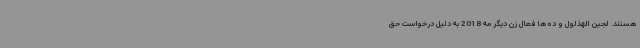
هستند. لجین الهذلول و ده‌ها فعال زن دیگر مه 2018 به دلیل درخواست حق